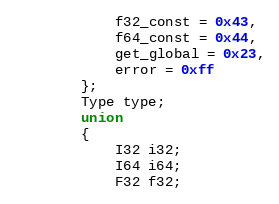
Language: C
			f32_const = 0x43,
			f64_const = 0x44,
			get_global = 0x23,
			error = 0xff
		};
		Type type;
		union
		{
			I32 i32;
			I64 i64;
			F32 f32;